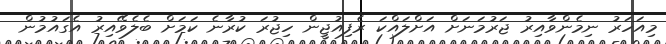
މިއަހަރު ނިމެންވާއިރު ޖަރުމަނަށް އަށްލައްކަ ރެފިއުޖީން ހިޖުރަ ކުރާނެ ކަމަށް ބެލެވޭއިރު އެގައުމުން